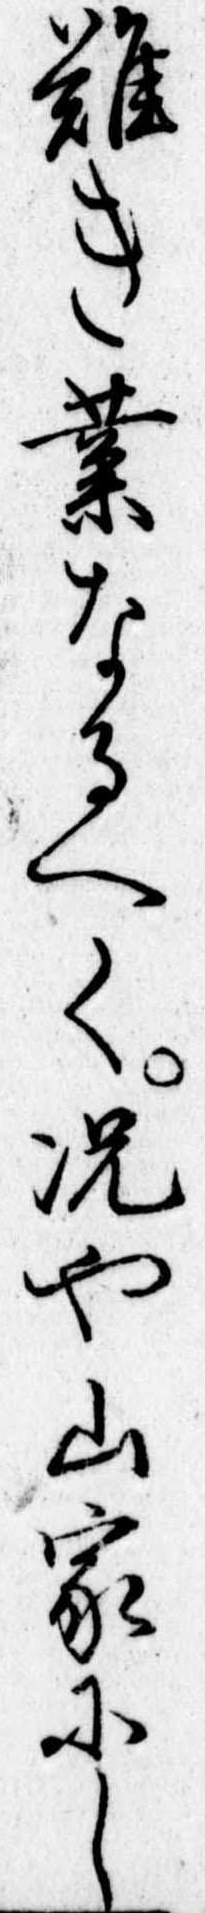
難き業なるへく況や山家にし